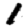
Digit: 1